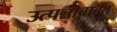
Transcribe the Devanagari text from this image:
उत्पन्नाबाबत